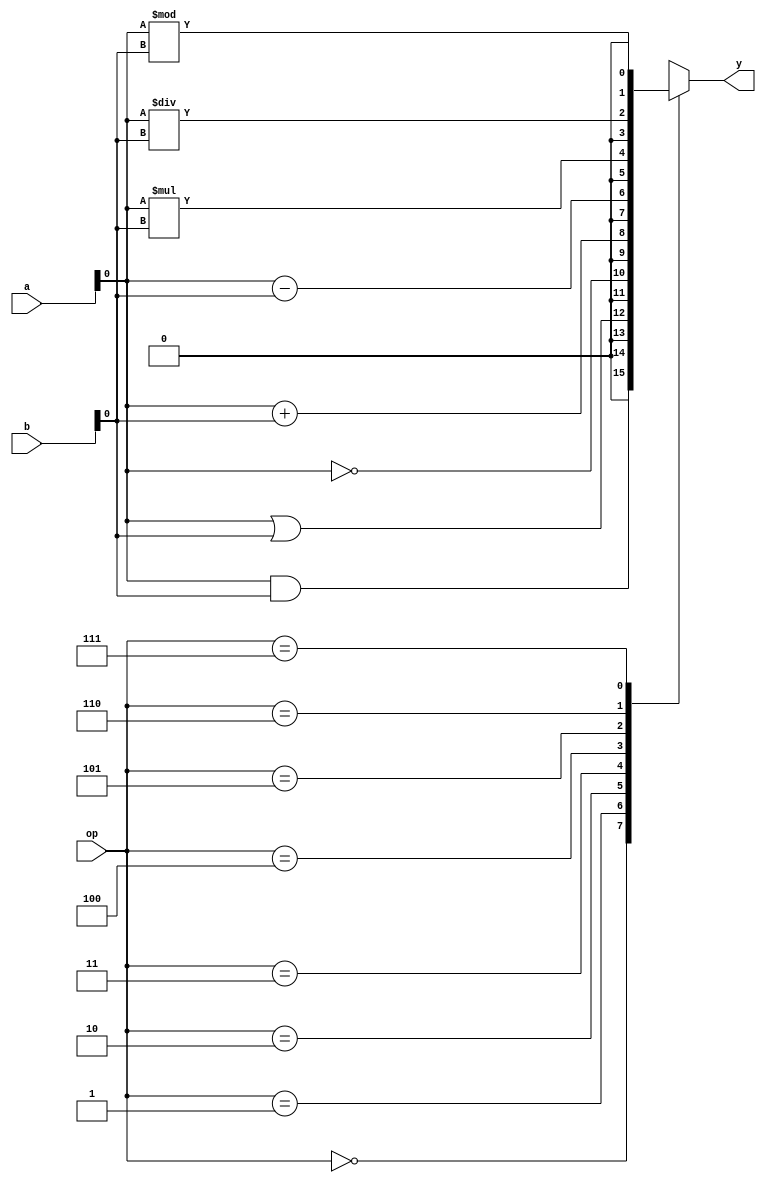
`timescale 1ns / 1ps

module alu_tasks(op,a,b,y);
input [1:0]a,b;
input [2:0]op;
output reg [1:0]y;

always @(a or b or op)
begin
    case(op)
    3'b000: begin tand(a,b,y); end
    3'b001: begin tor(a,b,y); end
    3'b010: begin tnot(a,y); end
    3'b011: begin tsum(a,b,y); end
    3'b100: begin tdif(a,b,y); end
    3'b101: begin tprod(a,b,y); end
    3'b110: begin tquot(a,b,y); end
    3'b111: begin tmod(a,b,y); end
    endcase
end

task tand;
    input a,b;
    output y;
    begin y=a&b; end
endtask
task tor;
    input a,b;
    output y;
    y=a|b;
endtask
task txor;
    input a,b;
    output y;
    y=a^b;
endtask
task tnot;
    input a;
    output y;
    y=~a;
endtask
task tsum;
    input a,b;
    output y;
    y=a+b;
endtask
task tdif;
    input a,b;
    output y;
    y=a-b;
endtask
task tprod;
    input a,b;
    output y;
    y=a*b;
endtask
task tquot;
    input a,b;
    output y;
    y=a/b;
endtask
task tmod;
    input a,b;
    output y;
    y=a%b;
endtask
endmodule